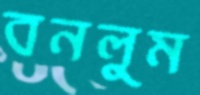
বনলুম